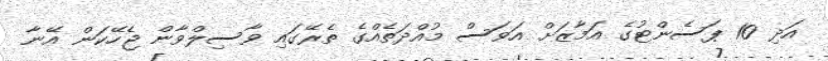
އަދި 10 ޕަސެންޓުގެ އަމާޒަށް އަވަސް މުއްދަތެއްގެ ތެރޭގައި ވާސިލްވާން ޖެހޭކަން އޭނާ